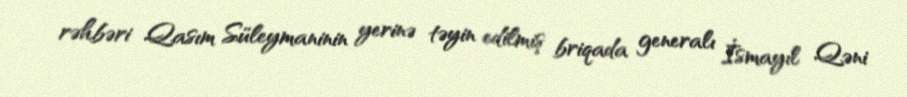
rəhbəri Qasım Süleymaninin yerinə təyin edilmiş briqada generalı İsmayıl Qəni